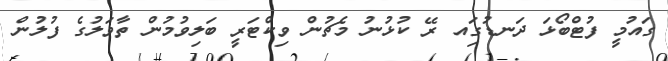
ގައުމީ ފުޓްބޯޅަ ދަނޑުގަިއ ރޭ ކުޅުނު މެޗުން ވިކްޓަރީ ބަލިވުމުން ތާވަލުގެ ފުލުން